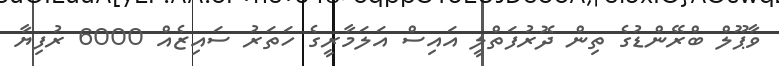
ވާޕޫލް ބްރޭންޑުގެ ތިން ދޮރުފަތްލީ އައިސް އަލަމާރީގެ ހަތަރު ސައިޒެއް 6000 ރުފިޔާ